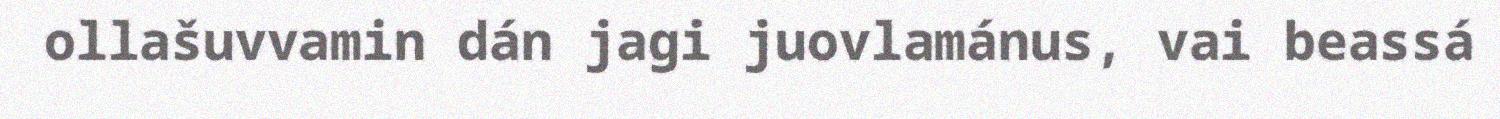
ollašuvvamin dán jagi juovlamánus, vai beassá